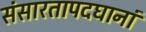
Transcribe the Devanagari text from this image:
संसारतापदघानां